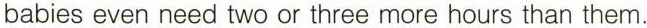
babies even need two or three more hours than them.